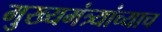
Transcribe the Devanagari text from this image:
मुख्यमंत्र्यांच्याच